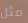
مثل